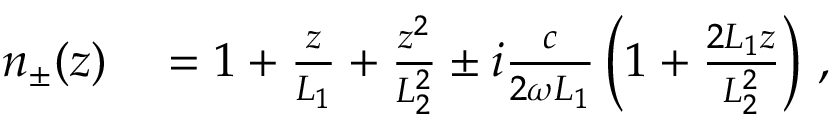
\begin{array} { r l } { n _ { \pm } ( z ) } & { { } = 1 + \frac { z } { L _ { 1 } } + \frac { z ^ { 2 } } { L _ { 2 } ^ { 2 } } \pm i \frac { c } { 2 \omega L _ { 1 } } \left( 1 + \frac { 2 L _ { 1 } z } { L _ { 2 } ^ { 2 } } \right) \, , } \end{array}